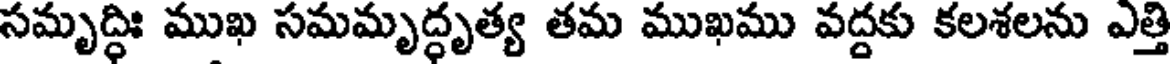
సమృద్ధిః ముఖ సమమృద్ధృత్య తమ ముఖము వద్దకు కలశలను ఎత్తి